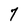
Character: 7